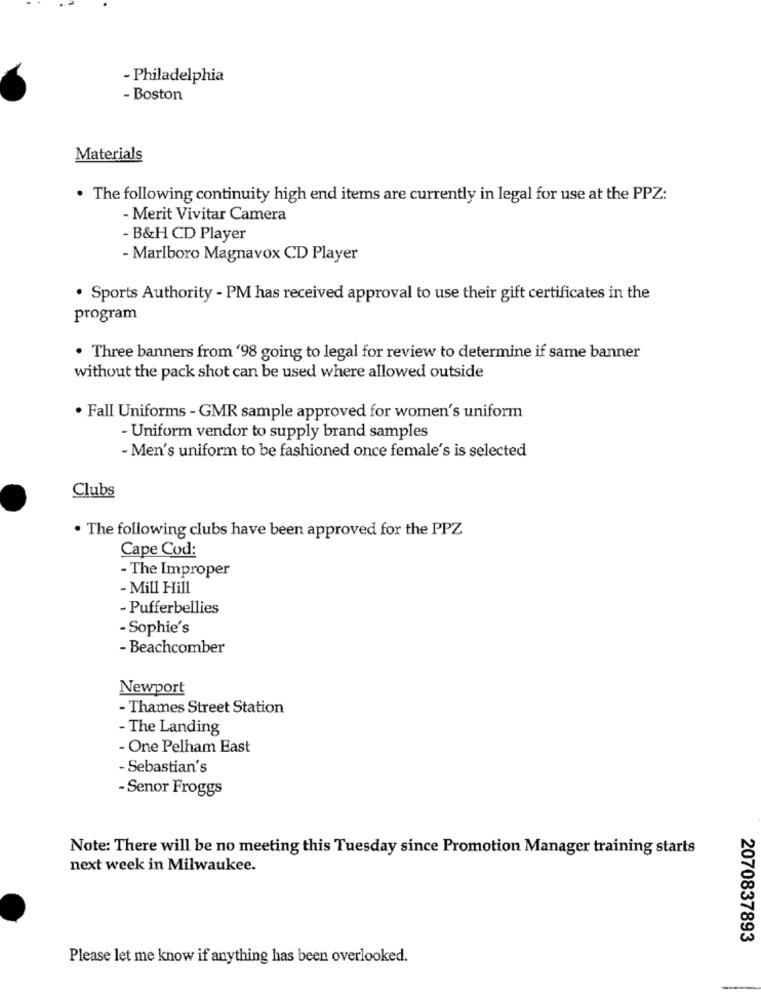
- Philadelphia
- Boston
Materials
. The following continuity high end items are currently in legal for use at the PPZ:
-Merit Vivitar Camera
- B&H CD Player
- Marlboro Magnavox CD Player
. Sports Authority - PM has received approval to use their gift certificates in the
program
· Three banners from '98 going to legal for review to determine if same banner
without the pack shot can be used where allowed outside
· Fall Uniforms - GMR sample approved for women's uniform
- Uniform vendor to supply brand samples
- Men's uniform to be fashioned once female's is selected
Clubs
. The following clubs have been approved for the PPZ
Cape Cod:
- The Improper
- Mill Hill
- Pufferbellies
- Sophie's
- Beachcomber
Newport
- Thames Street Station
- The Landing
- One Pelham East
- Sebastian's
- Senor Froggs
Note: There will be no meeting this Tuesday since Promotion Manager training starts
next week in Milwaukee.
2070837893
Please let me know if anything has been overlooked.